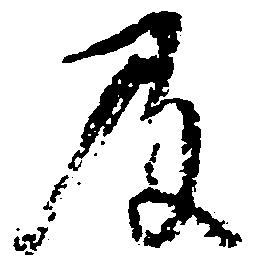
及